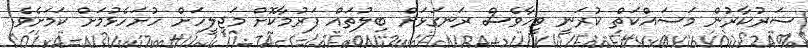
ސަރުކާރުން މަސައްކަތް ކުރަނީ ވީހާވެސް ރަނގަޅަށް ބިލުތައް ފަރުމާކޮށް މަޖިލީހަށް ހުށަހެޅުމަށް ކަަމަށެވެ.